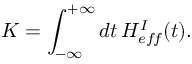
K = \int _ { - \infty } ^ { + \infty } d t \, H _ { e f \! f } ^ { I } ( t ) .